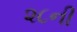
૨૮ની